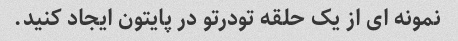
نمونه ای از یک حلقه تودرتو در پایتون ایجاد کنید.